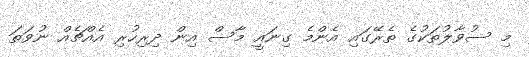
މި ސުވާލުތަކުގެ ތެރޭގައި އެންމެ ގިނައީ މާސް އިން ދިރިހުރި އެއްޗެއް ނުވަތަ